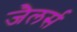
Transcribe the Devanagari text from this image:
जैलर्स